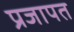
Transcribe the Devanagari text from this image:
प्रजापत